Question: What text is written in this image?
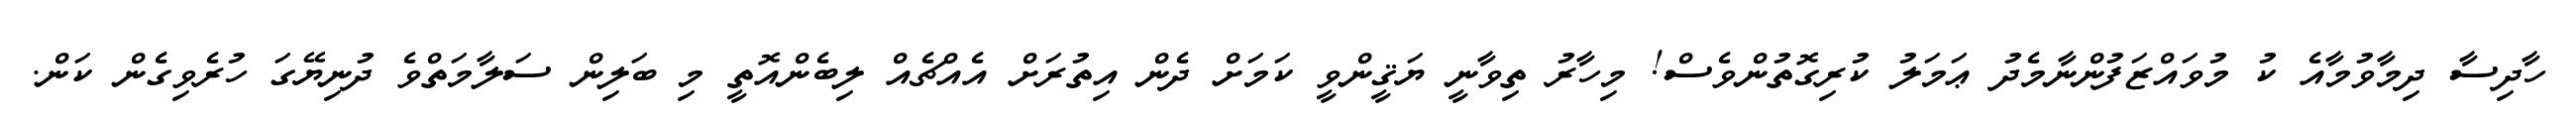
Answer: ހާދިސާ ދިމާވުމާއެ ކު މުވައްޒަފުންނާމެދު ޢަމަލު ކުރިގޮތުންވެސް! މިހާރު ތިވާނީ ޔަޤީންވީ ކަމަށް ދެން އިތުރަށް އެއްޗެއް ލިބެންއޮތީ މި ބަލިން ސަލާމަތްވެ ދުނިޔޭގަ ހުރެވިގެން ކަން.